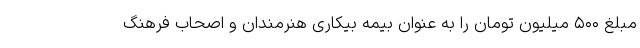
مبلغ ۵۰۰ میلیون تومان را به عنوان بیمه بیکاری هنرمندان و اصحاب فرهنگ